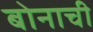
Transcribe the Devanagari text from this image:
बोनाची